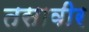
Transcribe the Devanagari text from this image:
तसावीर